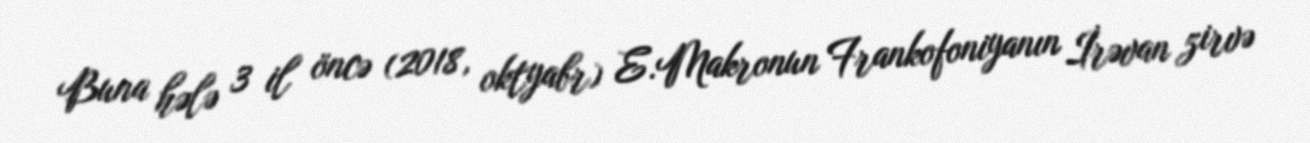
Buna hələ 3 il öncə (2018, oktyabr) E.Makronun Frankofoniyanın İrəvan zirvə